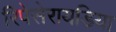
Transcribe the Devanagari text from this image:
रिपेसेरायडिया